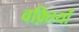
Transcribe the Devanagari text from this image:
वक़्तियों